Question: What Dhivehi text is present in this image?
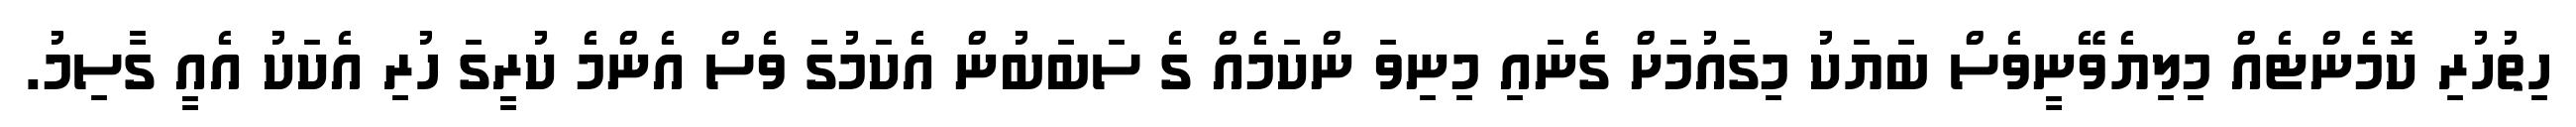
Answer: ހިތުހުރި ކޮމެންޓެއް މިލިޔެވޭނީވެސް ބަޔަކު މިގައުމަށް ގެނައި މިނިވަ ންކަމެއް ގެ ސަބަބުން އެކަމުގަ ވެސް އެންމެ ކުރީގަ ހުރި އެކަކު އެއީ ގާސިމު.